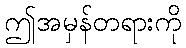
ဤအမှန်တရားကို